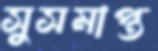
সুসমাপ্ত